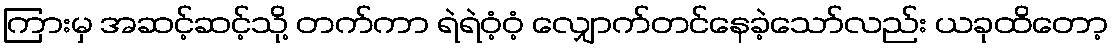
ကြားမှ အဆင့်ဆင့်သို့ တက်ကာ ရဲရဲဝံ့ဝံ့ လျှောက်တင်နေခဲ့သော်လည်း ယခုထိတော့